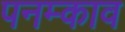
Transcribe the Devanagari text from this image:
पनम्काव